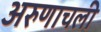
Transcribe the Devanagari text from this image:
अरुणाचली